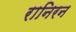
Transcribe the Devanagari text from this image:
रानिरन